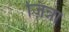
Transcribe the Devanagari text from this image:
ज़िन्ना